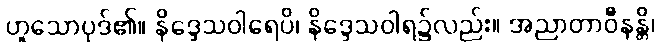
ဟူသောပုဒ်၏။ နိဒ္ဒေသဝါရေပိ၊ နိဒ္ဒေသဝါရ၌လည်း။ အညာတာဝီနန္တိ၊